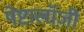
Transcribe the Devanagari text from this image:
पेष्टालॉज़ी